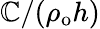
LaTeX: \mathbb{C}/(\rho_{\mathrm{{o}}}h)